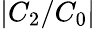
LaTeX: |C_{2}/C_{0}|